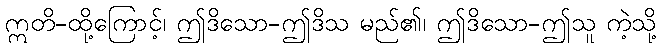
ဣတိ-ထို့ကြောင့်၊ ဤဒိသော-ဤဒိသ မည်၏၊ ဤဒိသော-ဤသူ ကဲ့သို့